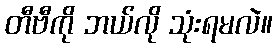
တီဗီကို ဘယ်လို သုံးရမလဲ။